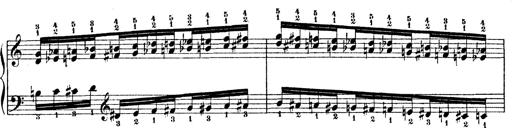
Title: Technische Studien
Composer: Franz Liszt